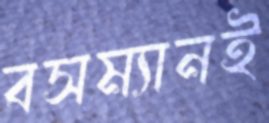
বসম্যানই